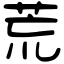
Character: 荒